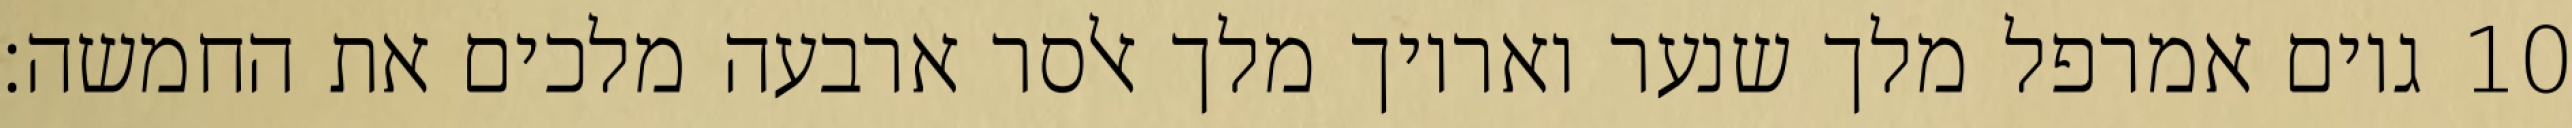
גוים אמרפל מלך שנער ואריוך מלך אלסר ארבעה מלכים את החמשה׃ ‎10‏